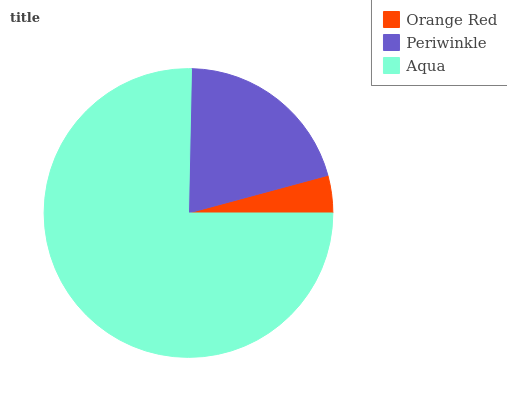
| Orange Red | Periwinkle | Aqua |
 | --- | --- | --- |
 | 4.2% | 20.5% | 75.3% |